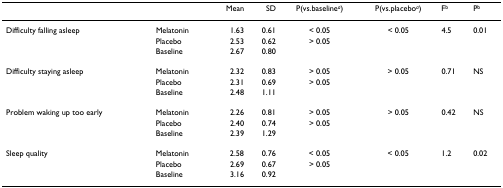
<table><thead><tr><td></td><td></td><td><b>Mean</b></td><td><b>SD</b></td><td><b>P(vs.baseline<sup><i>a</i></sup>)</b></td><td><b>P(vs.placebo<sup><i>a</i></sup>)</b></td><td><b>F<sup>b</sup></b></td><td><b>P<sup>b</sup></b></td></tr></thead><tbody><tr><td>Difficulty falling asleep</td><td>Melatonin</td><td>1.63</td><td>0.61</td><td>&lt; 0.05</td><td>&lt; 0.05</td><td>4.5</td><td>0.01</td></tr><tr><td></td><td>Placebo</td><td>2.53</td><td>0.62</td><td>&gt; 0.05</td><td></td><td></td><td></td></tr><tr><td></td><td>Baseline</td><td>2.67</td><td>0.80</td><td></td><td></td><td></td><td></td></tr><tr><td>Difficulty staying asleep</td><td>Melatonin</td><td>2.32</td><td>0.83</td><td>&gt; 0.05</td><td>&gt; 0.05</td><td>0.71</td><td>NS</td></tr><tr><td></td><td>Placebo</td><td>2.31</td><td>0.69</td><td>&gt; 0.05</td><td></td><td></td><td></td></tr><tr><td></td><td>Baseline</td><td>2.48</td><td>1.11</td><td></td><td></td><td></td><td></td></tr><tr><td>Problem waking up too early</td><td>Melatonin</td><td>2.26</td><td>0.81</td><td>&gt; 0.05</td><td>&gt; 0.05</td><td>0.42</td><td>NS</td></tr><tr><td></td><td>Placebo</td><td>2.40</td><td>0.74</td><td>&gt; 0.05</td><td></td><td></td><td></td></tr><tr><td></td><td>Baseline</td><td>2.39</td><td>1.29</td><td></td><td></td><td></td><td></td></tr><tr><td>Sleep quality</td><td>Melatonin</td><td>2.58</td><td>0.76</td><td>&lt; 0.05</td><td>&lt; 0.05</td><td>1.2</td><td>0.02</td></tr><tr><td></td><td>Placebo</td><td>2.69</td><td>0.67</td><td>&gt; 0.05</td><td></td><td></td><td></td></tr><tr><td></td><td>Baseline</td><td>3.16</td><td>0.92</td><td></td><td></td><td></td><td></td></tr></tbody></table>